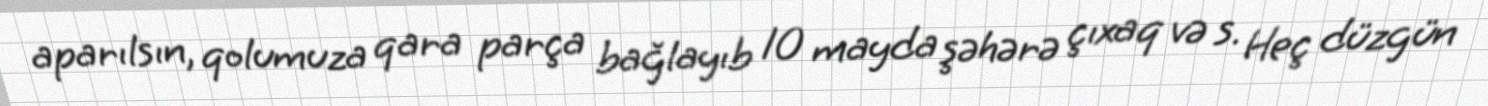
aparılsın, qolumuza qara parça bağlayıb 10 mayda şəhərə çıxaq və s. Heç düzgün